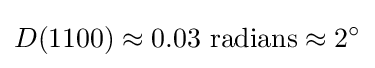
D(1100)\approx 0.03~{\text{radians}}\approx 2^{\circ }